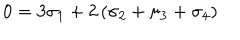
0 = 3 \sigma _ { 1 } + 2 \left( \sigma _ { 2 } + \sigma _ { 3 } + \sigma _ { 4 } \right)